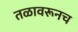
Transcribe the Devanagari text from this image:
तळावरूनच